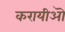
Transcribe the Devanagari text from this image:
करायीऒ